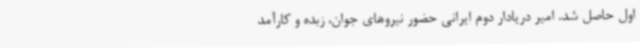
اول حاصل شد. امیر دریادار دوم ایرانی حضور نیروهای جوان، زبده و کارآمد